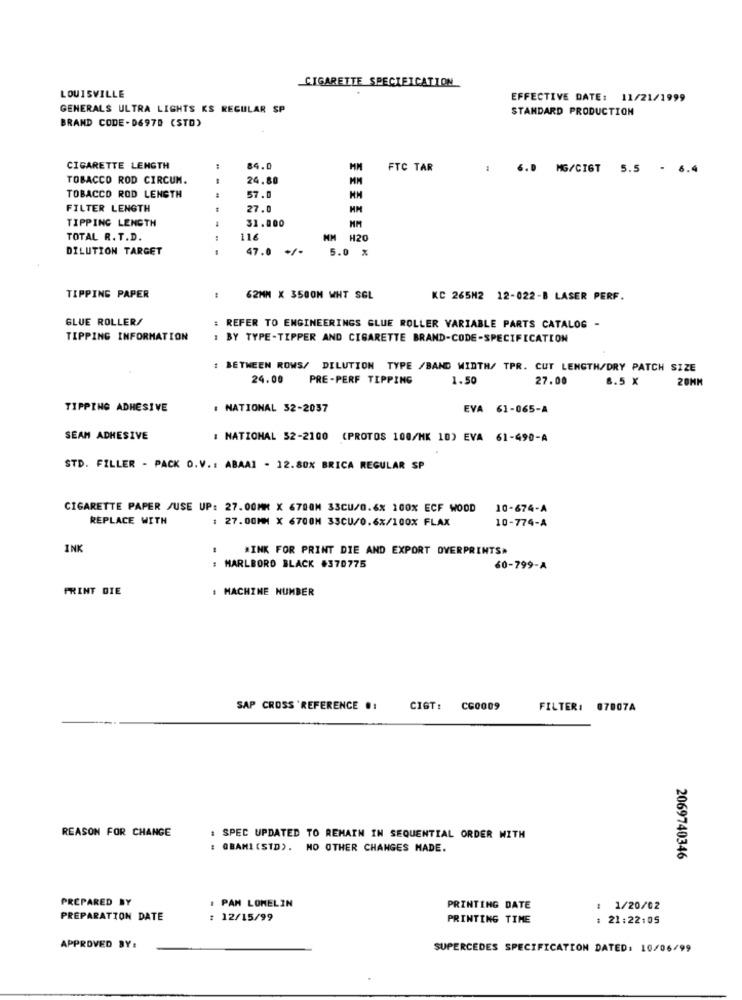
CIGARETTE SPECIFICATION
LOUISVILLE
EFFECTIVE DATE: 11/21/1999
GENERALS ULTRA LIGHTS KS REGULAR SP
STANDARD PRODUCTION
BRAND CODE -D697D (STD)
CIGARETTE LENGTH
84.0
FTC TAR
6.0 MG/CIGT 5.5 - 6.4
TOBACCO ROD CIRCUM.
24.80
MM
57.0
TOBACCO ROD LENGTH
FILTER LENGTH
27.0
31.000
TIPPING LENGTH
TOTAL R. T.D.
116
HM H20
DILUTION TARGET
...
47.0 +/-
5.0 %
TIPPING PAPER
62MM X 3500M WHT SGL
KC 265M2 12-022-B LASER PERF.
GLUE ROLLER/
: REFER TO ENGINEERINGS GLUE ROLLER VARIABLE PARTS CATALOG -
TIPPING INFORMATION
: BY TYPE-TIPPER AND CIGARETTE BRAND-CODE-SPECIFICATION
: BETWEEN ROWS/ DILUTION TYPE /BAND WIDTH/ TPR. CUT LENGTH/DRY PATCH SIZE
24.00
PRE-PERF TIPPING
1.50
27.00
8.5 X
20MM
TIPPING ADHESIVE
. NATIONAL 32-2037
EVA 61-065-A
SEAM ADHESIVE
: NATIONAL 52-2100 (PROTOS 100/MK 10) EVA 61-490-A
STD. FILLER - PACK O.V .: ABAAI - 12.80% BRICA REGULAR SP
CIGARETTE PAPER /USE UP: 27.00MM X 6700M 33CU/0.6% 100% ECF WOOD
10-674-A
REPLACE WITH
27.00MM X 6700H 33CU/0.6%/100% FLAX
10-774-A
INK
#INK FOR PRINT DIE AND EXPORT OVERPRINTS.
: MARLBORO BLACK #370775
60-799-A
PRINT DIE
: MACHINE NUMBER
SAP CROSS 'REFERENCE .:
CIGT:
CG0009
FILTER: 07007A
REASON FOR CHANGE
: SPEC UPDATED TO REMAIN IN SEQUENTIAL ORDER WITH
: OBAMI (STD). NO OTHER CHANGES MADE.
2069740346
: PAN LOMELIN
PREPARED BY
PRINTING DATE
: 1/20/02
PREPARATION DATE
: 12/15/99
PRINTING TIME
: 21:22:05
APPROVED BY:
SUPERCEDES SPECIFICATION DATED: 10/06/99